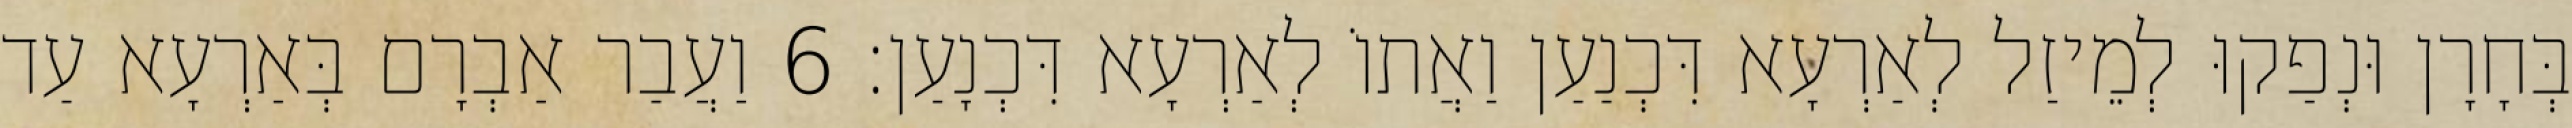
בְּחָרָן וּנְפַקוּ לְמֵיזַל לְאַרְעָא דִּכְנַעַן וַאֲתוֹ לְאַרְעָא דִּכְנָעַן׃ 6 וַעֲבַר אַבְרָם בְּאַרְעָא עַד